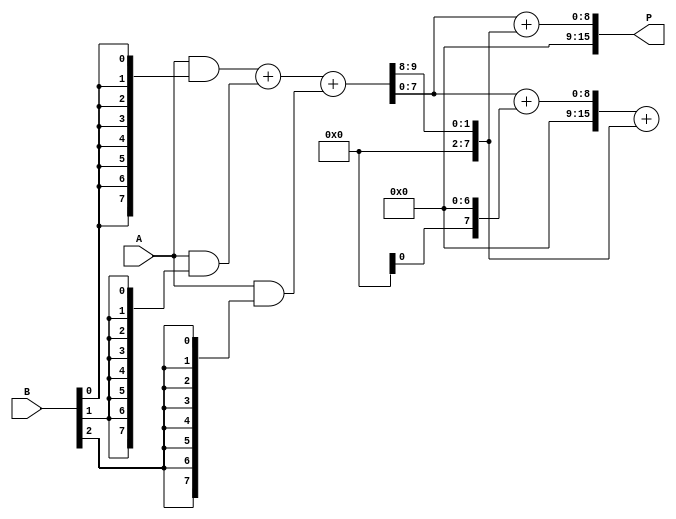
module wallace_tree_multiplier #(parameter N = 8) (
    input [N-1:0] A,
    input [N-1:0] B,
    output reg [2*N-1:0] P
);
    // Partial product generation
    wire [N-1:0] pp [0:N-1]; // Partial products
    genvar i, j;
    generate
        for (i = 0; i < N; i = i + 1) begin : gen_partial_products
            assign pp[i] = A & {N{B[i]}};
        end
    endgenerate

    // Wallace tree reduction
    wire [N-1:0] sum [0:N-1]; // Sums at each level
    wire [N-1:0] carry [0:N-1]; // Carries at each level
    wire [N-1:0] final_sum;
    wire [N-1:0] final_carry;

    // Level 1 reduction
    generate
        for (i = 0; i < N; i = i + 1) begin : level1
            if (i % 3 == 0) begin
                assign {carry[i], sum[i]} = pp[i] + pp[i+1] + pp[i+2];
            end
        end
    endgenerate

    // Level 2 reduction
    generate
        for (i = 0; i < N; i = i + 1) begin : level2
            if (i % 2 == 0) begin
                assign {carry[i], sum[i]} = sum[i] + sum[i+1] + carry[i];
            end
        end
    endgenerate

    // Final addition stage
    assign {final_carry, final_sum} = sum[0] + carry[0];

    // Final product assignment
    always @(*) begin
        P = {final_carry, final_sum}; // Combine final carry and sum
    end
endmodule